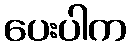
ပေးပါက